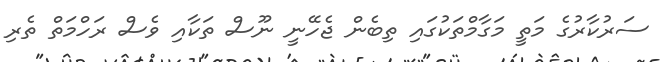
ސަރުކާރުގެ މަތީ މަގާމްތަކުގައި ތިބެން ޖެހޭނީ ނޫސް ތަކާއި ވެސް ރަހްމަތް ތެރި